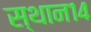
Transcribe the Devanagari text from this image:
स्थान१४